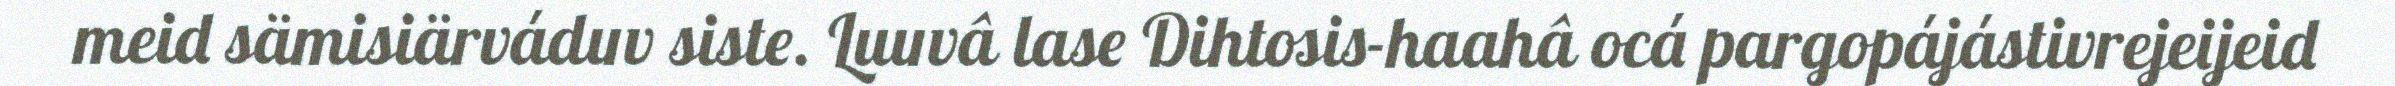
meid sämisiärváduv siste. Luuvâ lase Dihtosis-haahâ ocá pargopájástivrejeijeid